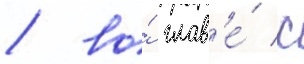
/ во́ глав'е́ с